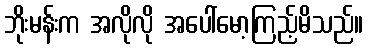
ဘိုးမန်းက အလိုလို အပေါ်မော့ကြည့်မိသည်။